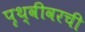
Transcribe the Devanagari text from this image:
पृथ्वीवरची